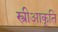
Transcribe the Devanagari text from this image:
स्त्रीआकृति